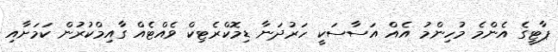
ޕާޓީގެ އެންމެ މުހިންމު އެއް އަސާސަކީ ހަރުދަނާ ޑިމޮކްރެޓިކް ވެއްޓެއް ގާއިމްކުރުން ކަމަށާއި